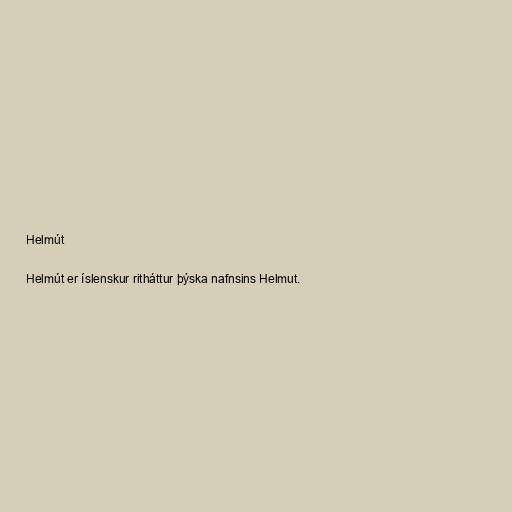
Helmút

Helmút er íslenskur ritháttur þýska nafnsins Helmut.